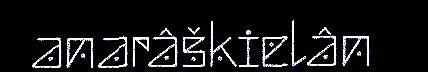
anarâškielân